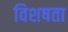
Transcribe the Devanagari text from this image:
विशषता